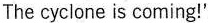
The cyclone is coming!'